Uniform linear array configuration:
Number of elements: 8
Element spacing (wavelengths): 1
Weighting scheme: blackman
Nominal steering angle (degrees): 45
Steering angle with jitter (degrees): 45.293
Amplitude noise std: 0.05
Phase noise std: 0.05

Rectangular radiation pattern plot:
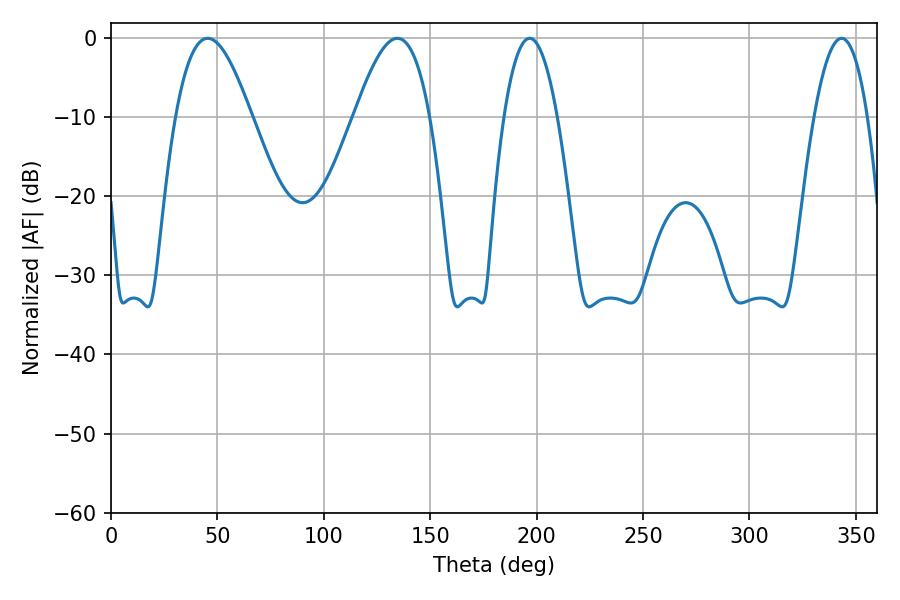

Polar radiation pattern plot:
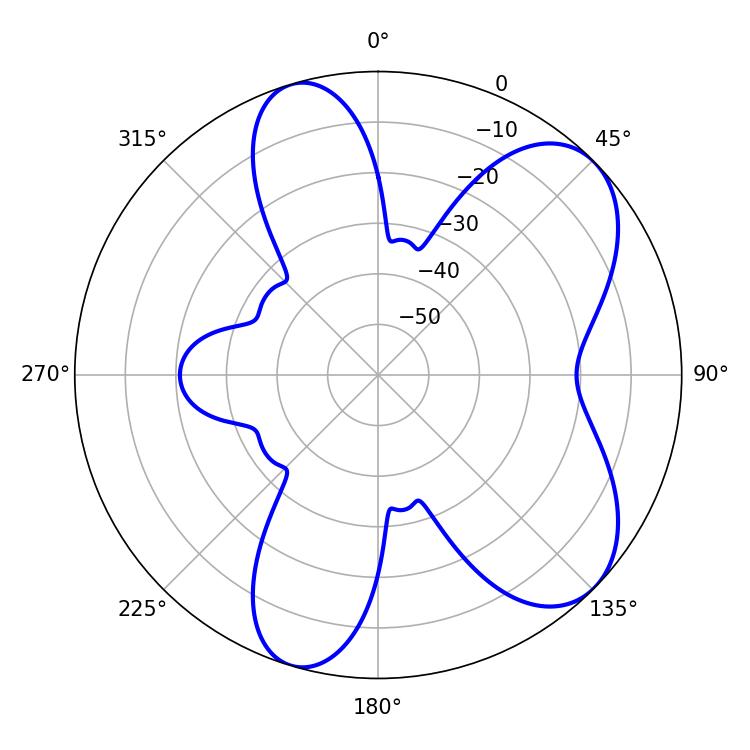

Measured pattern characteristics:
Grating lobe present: TRUE
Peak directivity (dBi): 7.161
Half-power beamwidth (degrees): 13.86
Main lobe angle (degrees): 196.74